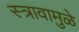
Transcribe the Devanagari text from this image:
स्त्रावामुळे